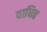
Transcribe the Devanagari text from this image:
वाधित